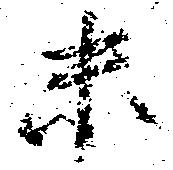
未